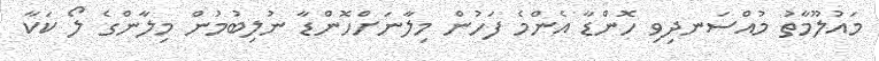
މައުލޫމާތު މުއްސަނދިވި ހޮންޑާ އެންމެ ފަހުން މިލާނަށްހޮންޑާ ނުލިބުމުން މިލާންގެ ލޯ ކަކާ